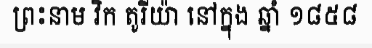
ព្រះនាម វិក តូរីយ៉ា នៅក្នុង ឆ្នាំ ១៨៥៨